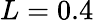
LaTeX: L=0.4